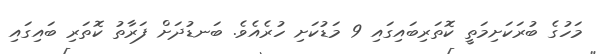
މަހުގެ ބުރަކަށިމަތީ ކޮތަރިބައިގައި 9 މަޑުކަށި ހުރެއެވެ. ބަނޑުދަށް ފަރާތު ކޮތަރި ބައިގައި